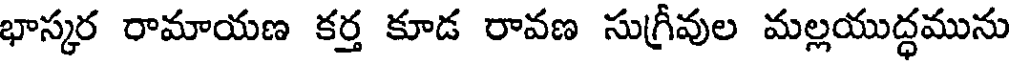
భాస్కర రామాయణ కర్త కూడ రావణ సుగ్రీవుల మల్లయుద్ధమును